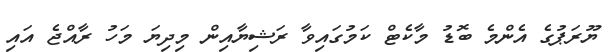
ޔޫރަޕުގެ އެންމެ ބޮޑު މާކެޓް ކަމުގައިވާ ރަޝިޔާއިން މިދިޔަ މަހު ރާއްޖެ އައި